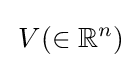
\,V(\in \mathbb {R} ^{n})